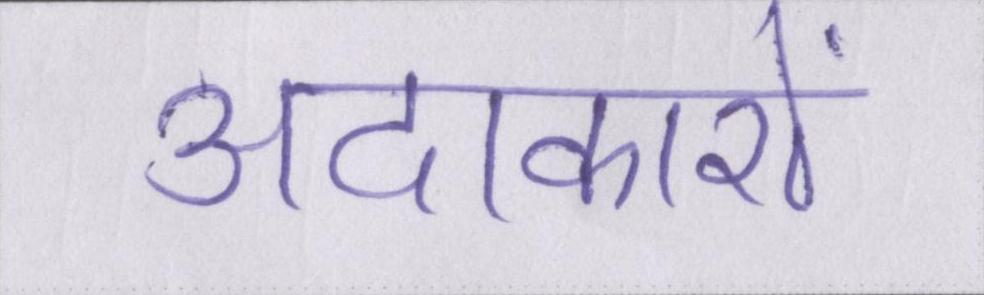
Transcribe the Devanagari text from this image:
अदाकारों